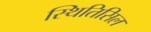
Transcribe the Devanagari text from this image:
स्थितिसिल